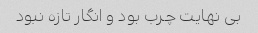
بی نهایت چرب بود و انگار تازه نبود